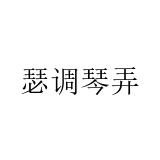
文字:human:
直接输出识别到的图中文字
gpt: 瑟调琴弄